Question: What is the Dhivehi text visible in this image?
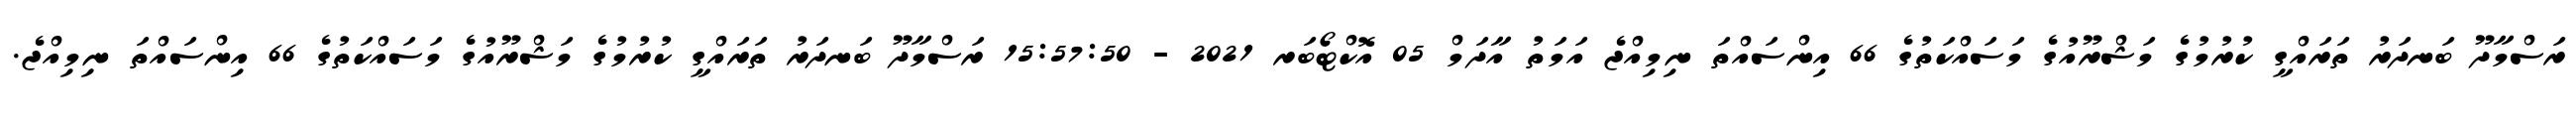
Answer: ރަސްމާދޫ ބަނދަރު ތަރައްގީ ކުރުމުގެ މަޝްރޫއުގެ މަސައްކަތުގެ 66 އިންސައްތަ ނިމިއްޖެ އަމަތު އާދަމް 05 އޮކްޓޯބަރ 2021 - 15:57:50 ރަސްމާދޫ ބަނދަރު ތަރައްގީ ކުރުމުގެ މަޝްރޫއުގެ މަސައްކަތުގެ 66 އިންސައްތަ ނިމިއްޖެ.